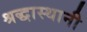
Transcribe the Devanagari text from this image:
श्रद्धास्थानी